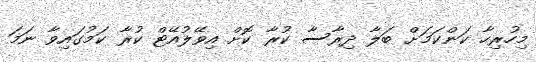
މިހުރިހާ ކަންކަމަށް ބަލާ ދިރާސާ ކުރާ ކޮށް އިވޭލުއޭޓް ކުރާ ކަމުގައިވާ ނަމަ